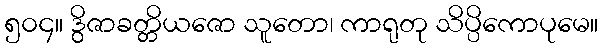
၅၀၄။ ဒွိဇာခတ္တိယဇော သူတော၊ ကာရုတု သိပ္ပိကောပုမေ။